Lunatic asylums Punjab 1911-1921 - 1911-1921
Year: 1911
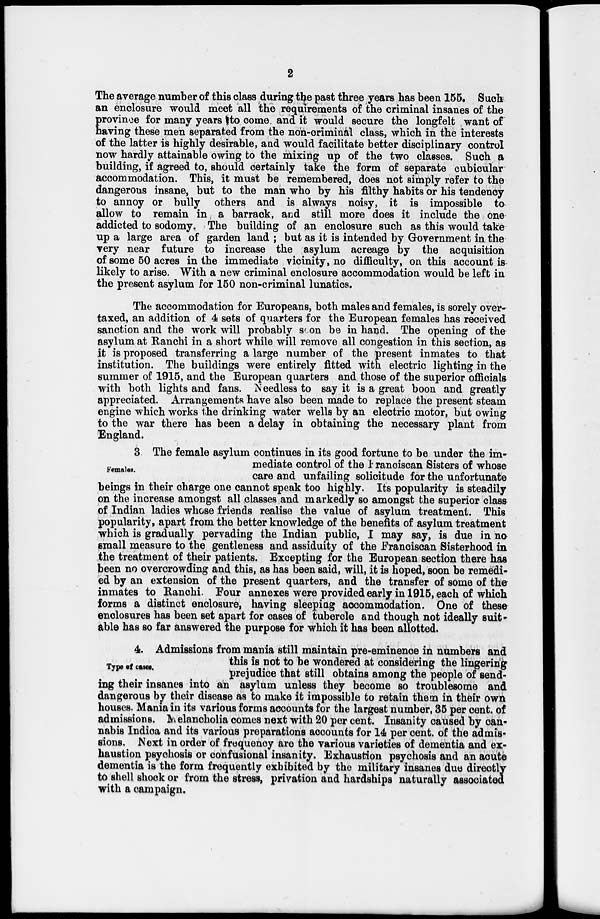
2
The average number of this class during the past three years has been 155. Such
an enclosure would meet all the requirements of the criminal insanes of the
province for many years to come and it would secure the longfelt want of
having these men separated from the non-criminal class, which in the interests
of the latter is highly desirable, and would facilitate better disciplinary control
now hardly attainable owing to the mixing up of the two classes. Such a
building, if agreed to, should certainly take the form of separate cubicular
accommodation. This, it must be remembered, does not simply refer to the
dangerous insane, but to the man who by his filthy habits or his tendency
to annoy or bully others and is always noisy, it is impossible to
allow to remain in a barrack, and still more does it include the one
addicted to sodomy. The building of an enclosure such as this would take
up a large area of garden land ; but as it is intended by Government in the
very near future to increase the asylum acreage by the acquisition
of some 50 acres in the immediate vicinity, no difficulty, on this account is
likely to arise. With a new criminal enclosure accommodation would be left in
the present asylum for 150 non-criminal lunatics.
The accommodation for Europeans, both males and females, is sorely over-
taxed, an addition of 4 sets of quarters for the European females has received
sanction and the work will probably soon be in hand. The opening of the
asylum at Ranchi in a short while will remove all congestion in this section, as
it is proposed transferring a large number of the present inmates to that
institution. The buildings were entirely fitted with electric lighting in the
summer of 1915, and the European quarters and those of the superior officials
with both lights and fans. Needless to say it is a great boon and greatly
appreciated. Arrangements have also been made to replace the present steam
engine which works the drinking water wells by an electric motor, but owing
to the war there has been a delay in obtaining the necessary plant from
England.
Females.
3. The female asylum continues in its good fortune to be under the im-
mediate control of the Franciscan Sisters of whose
care and unfailing solicitude for the unfortunate
beings in their charge one cannot speak too highly. Its popularity is steadily
on the increase amongst all classes and markedly so amongst the superior class
of Indian ladies whose friends realise the value of asylum treatment. This
popularity, apart from the better knowledge of the benefits of asylum treatment
which is gradually pervading the Indian public, I may say, is due in no
small measure to the gentleness and assiduity of the Franciscan Sisterhood in
the treatment of their patients. Excepting for the European section there has
been no overcrowding and this, as has been said, will, it is hoped, soon be remedi-
ed by an extension of the present quarters, and the transfer of some of the
inmates to Ranchi Four annexes were provided early in 1915, each of which
forms a distinct enclosure, having sleeping accommodation. One of these
enclosures has been set apart for cases of tubercle and though not ideally suit-
able has so far answered the purpose for which it has been allotted.
Type of cases.
4. Admissions from mania still maintain pre-eminence in numbers and
this is not to be wondered at considering the lingering
prejudice that still obtains among the people of send-
ing their insanes into an asylum unless they become so troublesome and
dangerous by their disease as to make it impossible to retain them in their own
houses. Mania in its various forms accounts for the largest number, 35 per cent. of
admissions. Melancholia comes next with 20 per cent. Insanity caused by can-
nabis Indica and its various preparations accounts for 14 per cent. of the admis-
sions. Next in order of frequency are the various varieties of dementia and ex-
haustion psychosis or confusional insanity. Exhaustion psychosis and an acute
dementia is the form frequently exhibited by the military insanes due directly
to shell shook or from the stress, privation and hardships naturally associated
with a campaign.